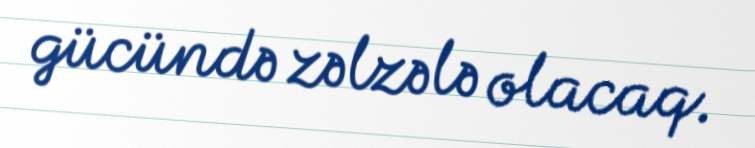
gücündə zəlzələ olacaq.